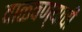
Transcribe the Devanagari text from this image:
वाळवण्याची